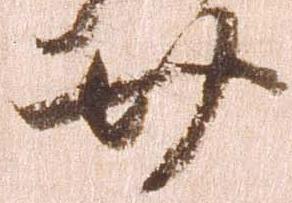
廿